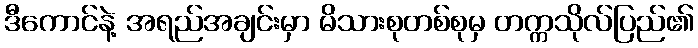
ဒီကောင်နဲ့ အရည်အချင်းမှာ မိသားစုတစ်စုမှ တက္ကသိုလ်ပြည်၏